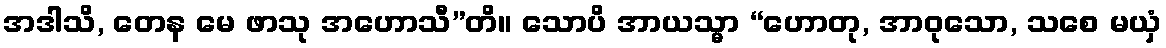
အဒါသိ, တေန မေ ဖာသု အဟောသီ”တိ။ သောပိ အာယသ္မာ “ဟောတု, အာဝုသော, သစေ မယှံ